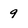
Character: 9